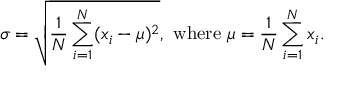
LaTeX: \sigma = { \sqrt { { \frac { 1 } { N } } \sum _ { i = 1 } ^ { N } ( x _ { i } - \mu ) ^ { 2 } } } , { \mathrm { ~ w h e r e ~ } } \mu = { \frac { 1 } { N } } \sum _ { i = 1 } ^ { N } x _ { i } .